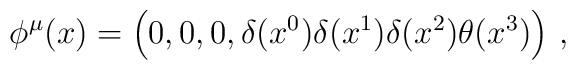
\phi^\mu(x)	= \Bigl( 0,  0,  0, \delta(x^{0}) \delta(x^{1}) \delta(x^{2}) 	\theta(x^{3}) \Bigr)  \ ,